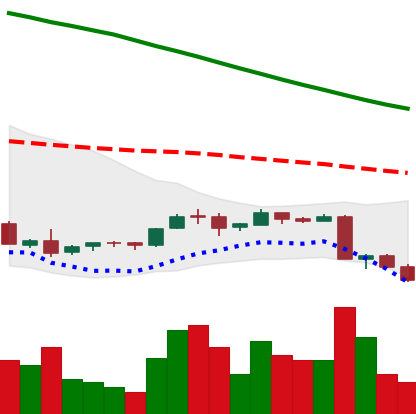
Ticker: ADA-USD
Chart end date: 2018-09-08
Forward return: -10.745%
Label: down_7plus